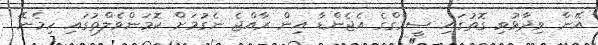
އޭނާ ވިދާޅުވި ގޮތުގައި ސީމެގްގެ އެޖެންޑާ އިން ރާއްޖެ ނެގުމަށް ކޮމަންވެލްތުގައި ހިމެނޭ